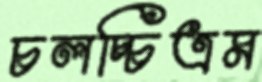
চলচ্চিত্রম